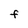
Character: F